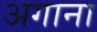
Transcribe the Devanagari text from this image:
अगाना